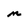
Character: m